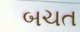
બચત